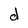
Character: d